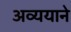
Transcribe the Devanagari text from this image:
अव्ययाने